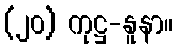
(၂၀) ကုဋ္ဌ-နူနာ။